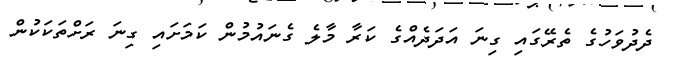
ދެދުވަހުގެ ތެރޭގައި ގިނަ އަދަދެއްގެ ކަރާ މާލެ ގެނައުމުން ކަމަށައި ގިނަ ރަށްތަކަކުން